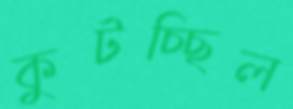
কুটচ্ছিল